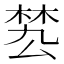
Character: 𣓕